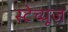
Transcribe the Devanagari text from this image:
स्टेच्यूज़